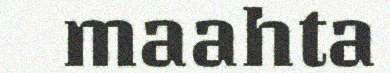
maahta